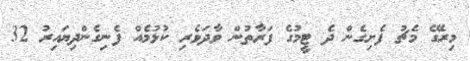
މިރޭގެ މެޗު ފެށިގެން ދެ ޓީމުގެ ފަރާތުން ވާދަވެރި ކުޅުމެއް ފެނިގެންދިޔައިރު 32